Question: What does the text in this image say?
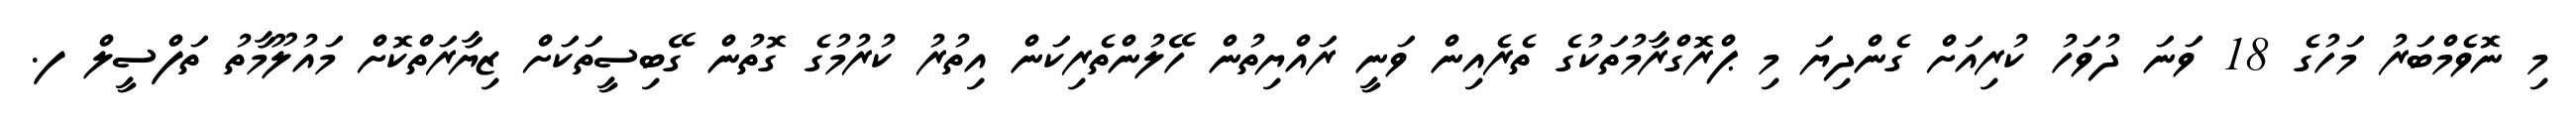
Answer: މި ނޮވެމްބަރު މަހުގެ 18 ވަނަ ދުވަހު ކުރިއަށް ގެންދިޔަ މި ޕްރޮގްރާމުތަކުގެ ތެރެއިން ވަނީ ރައްޔިތުން ހޭލުންތެރިކަން އިތުރު ކުރުމުގެ ގޮތުން ގޭބިސީތަކަށް ޒިޔާރަތްކޮށް މައުލޫމާތު ތަފްސީލް ފ.